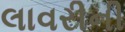
લાવરીની